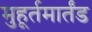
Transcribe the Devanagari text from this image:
मुहूर्तमार्तंड